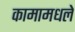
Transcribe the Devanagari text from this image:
कामामधले